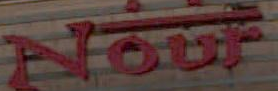
Nour